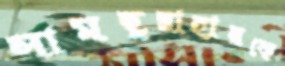
সামছুন্নাহারকে